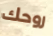
روحك